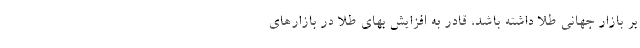
بر بازار جهانی طلا داشته باشد، قادر به افزایش بهای طلا در بازارهای